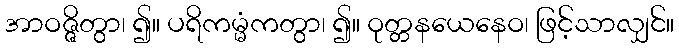
အာဝဇ္ဇိတွာ၊ ၍။ ပရိကမ္မံကတွာ၊ ၍။ ဝုတ္တနယေနေဝ၊ ဖြင့်သာလျှင်။